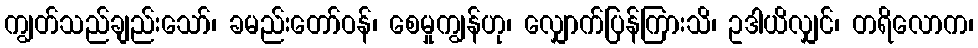
ကျွတ်သည်ချည်းသော်၊ ခမည်းတော်ဝန်၊ စေမှုကျွန်ဟု၊ လျှောက်ပြန်ကြားသိ၊ ဥဒါယိလျှင်၊ တရိလောက၊